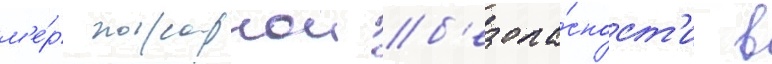
м'е́р пожарнои б'езопа́сност'и в